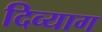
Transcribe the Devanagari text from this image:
दिव्याग